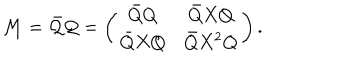
{ \cal M } = \bar { \cal Q } { \cal Q } = \left( \begin{array} { c c } { { \bar { Q } Q } } & { { \bar { Q } X Q } } \\ { { \bar { Q } X Q } } & { { \bar { Q } X ^ { 2 } Q } } \\ \end{array} \right) .